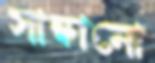
সান্ধানো